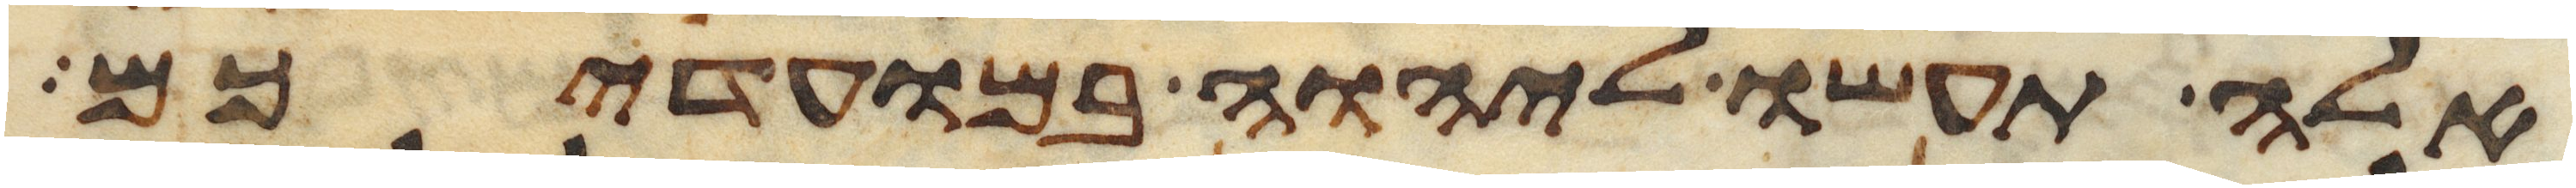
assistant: אלה תעשו ליהוה במועדיכם